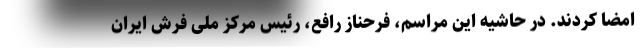
امضا کردند. در حاشیه این مراسم، فرحناز رافع، رئیس مرکز ملی فرش ایران